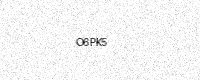
Text: O6PK5